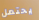
يحتمل